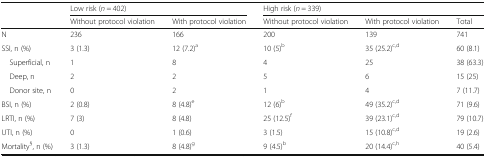
<table><thead><tr><td rowspan="2"></td><td colspan="2"><b>Low risk (<i>n</i> = 402)</b></td><td colspan="3"><b>High risk (<i>n</i> = 339)</b></td></tr><tr><td><b>Without protocol violation</b></td><td><b>With protocol violation</b></td><td><b>Without protocol violation</b></td><td><b>With protocol violation</b></td><td><b>Total</b></td></tr></thead><tbody><tr><td>N</td><td>236</td><td>166</td><td>200</td><td>139</td><td>741</td></tr><tr><td>SSI, n (%)</td><td>3 (1.3)</td><td>12 (7.2)<sup>a</sup></td><td>10 (5)<sup>b</sup></td><td>35 (25.2)<sup>c,d</sup></td><td>60 (8.1)</td></tr><tr><td> Superficial, n</td><td>1</td><td>8</td><td>4</td><td>25</td><td>38 (63.3)</td></tr><tr><td> Deep, n</td><td>2</td><td>2</td><td>5</td><td>6</td><td>15 (25)</td></tr><tr><td> Donor site, n</td><td>0</td><td>2</td><td>1</td><td>4</td><td>7 (11.7)</td></tr><tr><td>BSI, n (%)</td><td>2 (0.8)</td><td>8 (4.8)<sup>e</sup></td><td>12 (6)<sup>b</sup></td><td>49 (35.2)<sup>c,d</sup></td><td>71 (9.6)</td></tr><tr><td>LRTI, n (%)</td><td>7 (3)</td><td>8 (4.8)</td><td>25 (12.5)<sup>f</sup></td><td>39 (23.1)<sup>c,d</sup></td><td>79 (10.7)</td></tr><tr><td>UTI, n (%)</td><td>0</td><td>1 (0.6)</td><td>3 (1.5)</td><td>15 (10.8)<sup>c,d</sup></td><td>19 (2.6)</td></tr><tr><td>Mortality<sup>§</sup>, n (%)</td><td>3 (1.3)</td><td>8 (4.8)<sup>g</sup></td><td>9 (4.5)<sup>b</sup></td><td>20 (14.4)<sup>c,h</sup></td><td>40 (5.4)</td></tr></tbody></table>